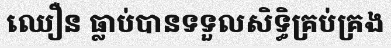
ឈឿន ធ្លាប់បានទទួលសិទ្ធិគ្រប់គ្រង